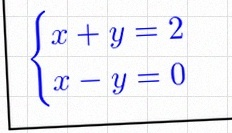
\begin{cases}x+y=2\\x-y=0\end{cases}